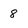
Character: 8